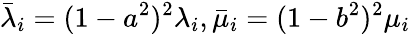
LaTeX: \bar{\lambda}_{i}=(1-a^{2})^{2}\lambda_{i},\bar{\mu}_{i}=(1-b^{2})^{2}\mu_{i}